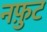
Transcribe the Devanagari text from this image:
नफ़ुट